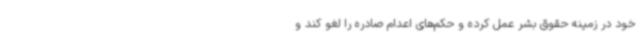
خود در زمینه حقوق بشر عمل کرده و حکم‌های اعدام صادره را لغو کند و